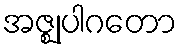
အဇ္ဈုပါဂတော